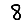
Digit: 8